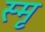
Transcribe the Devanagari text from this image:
स्मृ